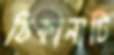
ঠিকানাটি